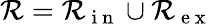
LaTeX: \mathcal R=\mathcal R_{\mathrm{~i~n~}}\cup\mathcal R_{\mathrm{~e~x~}}